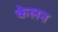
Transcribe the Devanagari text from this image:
केलन